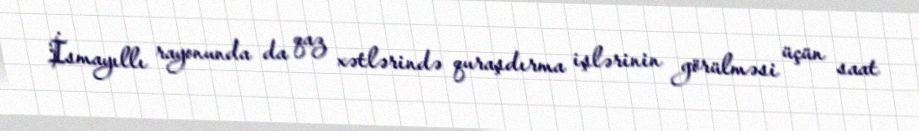
İsmayıllı rayonunda da qaz xətlərində quraşdırma işlərinin görülməsi üçün saat